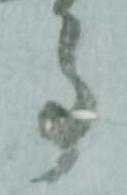
事